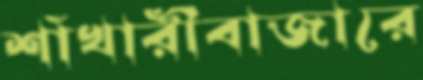
শাঁখারীবাজারে